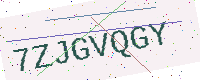
Text: 7ZJGVQGY